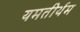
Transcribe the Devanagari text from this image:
यमतीर्थम